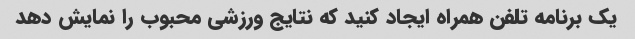
یک برنامه تلفن همراه ایجاد کنید که نتایج ورزشی محبوب را نمایش دهد